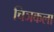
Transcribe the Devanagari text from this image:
चिञकला